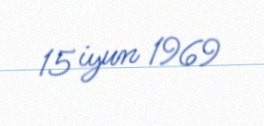
15 iyun 1969